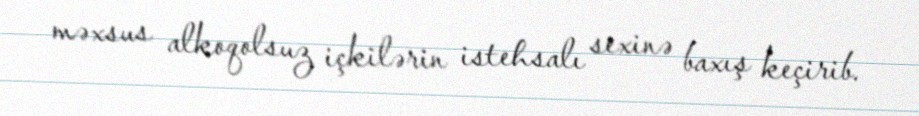
məxsus alkoqolsuz içkilərin istehsalı sexinə baxış keçirib.